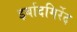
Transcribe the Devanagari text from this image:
इर्बादगिर्रेद